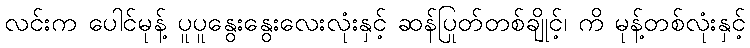
လင်းက ပေါင်မုန့် ပူပူနွေးနွေးလေးလုံးနှင့် ဆန်ပြုတ်တစ်ချိုင့်၊ ကိ မုန့်တစ်လုံးနှင့်